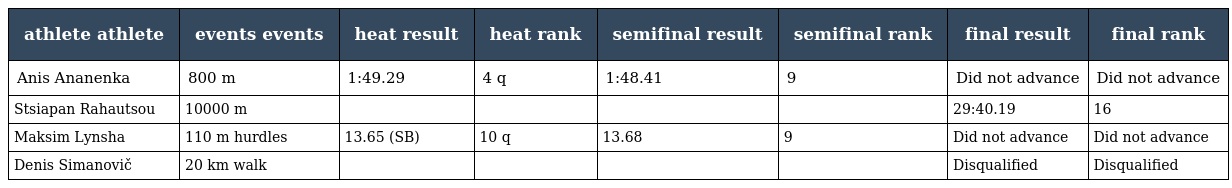
| athlete athlete | events events | heat result | heat rank | semifinal result | semifinal rank | final result | final rank |
 | --- | --- | --- | --- | --- | --- | --- | --- |
 | Anis Ananenka | 800 m | 1:49.29 | 4 q | 1:48.41 | 9 | Did not advance | Did not advance |
 | Stsiapan Rahautsou | 10000 m |  |  |  |  | 29:40.19 | 16 |
 | Maksim Lynsha | 110 m hurdles | 13.65 (SB) | 10 q | 13.68 | 9 | Did not advance | Did not advance |
 | Denis Simanovič | 20 km walk |  |  |  |  | Disqualified | Disqualified |